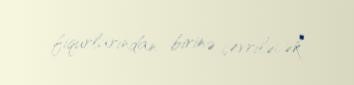
fiqurlarından birinə çevriləcək.